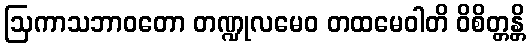
ဩကာသဘာဝတော တဏ္ဍုလမေဝ တထမေဝါတိ ဝိစိတ္တန္တိ